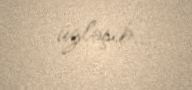
üzləşib.